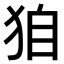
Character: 𤝼